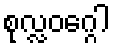
စုလ္လဝဂ္ဂေါ